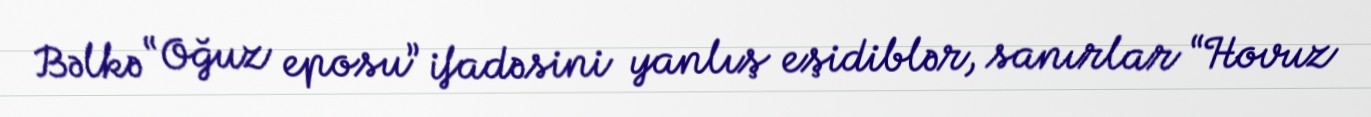
Bəlkə “Oğuz eposu” ifadəsini yanlış eşidiblər, sanırlar “Hovuz